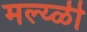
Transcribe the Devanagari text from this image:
मल्य्ळी